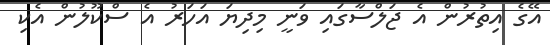
އޭގެ އިތުރުން އެ ޖަލްސާގައި ވަނީ މިދިޔަ އަހަރު އެ ސްކޫލުން އެކި